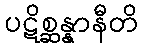
ပဋိစ္ဆန္နာနီတိ